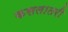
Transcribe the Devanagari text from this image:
कसलातरी